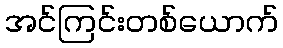
အင်ကြင်းတစ်ယောက်